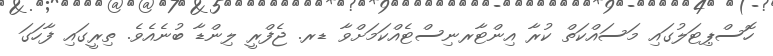
ހޮސްޕިޓަލުގައި މަސައްކަތް ކުރާ އިންޓާރނިސްޓެއްކަމަށްވާ ޑރ. ޖެފްރީ ލިންޑާ ބުނެއެވެ. ތިރީގައި ފާހަގަ